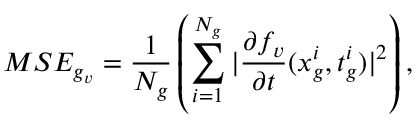
M S E _ { g _ { v } } = \frac { 1 } { N _ { g } } \left( \sum _ { i = 1 } ^ { N _ { g } } | \frac { \partial f _ { v } } { \partial t } ( x _ { g } ^ { i } , t _ { g } ^ { i } ) | ^ { 2 } \right) ,